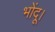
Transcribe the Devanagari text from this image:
भोंदू।